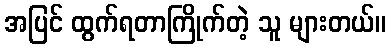
အပြင် ထွက်ရတာကြိုက်တဲ့ သူ များတယ်။